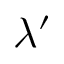
\lambda ^ { \prime }